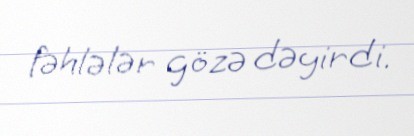
fəhlələr gözə dəyirdi.